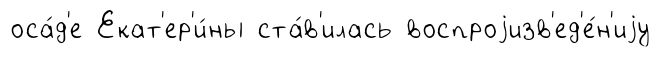
оса́д'е Екат'ер'и́ны ста́в'илась воспроjизв'ед'е́н'иjу